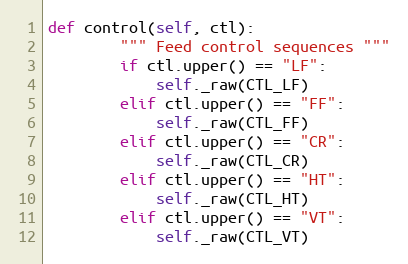
Language: Python
def control(self, ctl):
        """ Feed control sequences """
        if ctl.upper() == "LF":
            self._raw(CTL_LF)
        elif ctl.upper() == "FF":
            self._raw(CTL_FF)
        elif ctl.upper() == "CR":
            self._raw(CTL_CR)
        elif ctl.upper() == "HT":
            self._raw(CTL_HT)
        elif ctl.upper() == "VT":
            self._raw(CTL_VT)